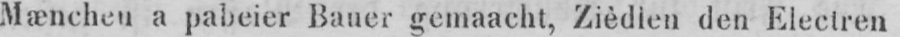
Mænchen a pabeier Bauer gemaacht, Zièdlen den Electren